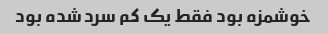
خوشمزه بود فقط یک کم سرد شده بود